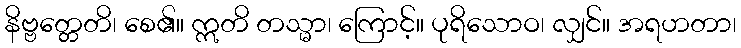
နိဗ္ဗတ္တေတိ၊ စေ၏။ ဣတိ တသ္မာ၊ ကြောင့်။ ပုရိသောဝ၊ လျှင်။ အရဟတာ၊